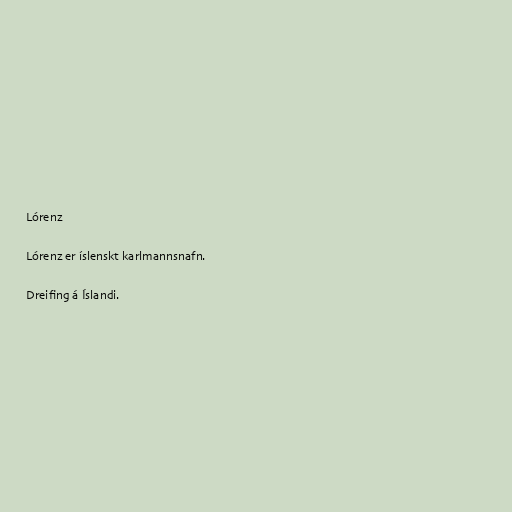
Lórenz

Lórenz er íslenskt karlmannsnafn.

Dreifing á Íslandi.